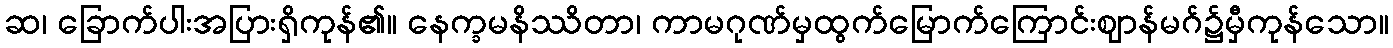
ဆ၊ ခြောက်ပါးအပြားရှိကုန်၏။ နေက္ခမနိဿိတာ၊ ကာမဂုဏ်မှထွက်မြောက်ကြောင်းဈာန်မဂ်၌မှီကုန်သော။